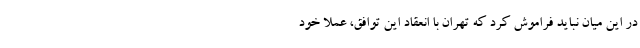
در این میان نباید فراموش کرد که تهران با انعقاد این توافق، عملا خود